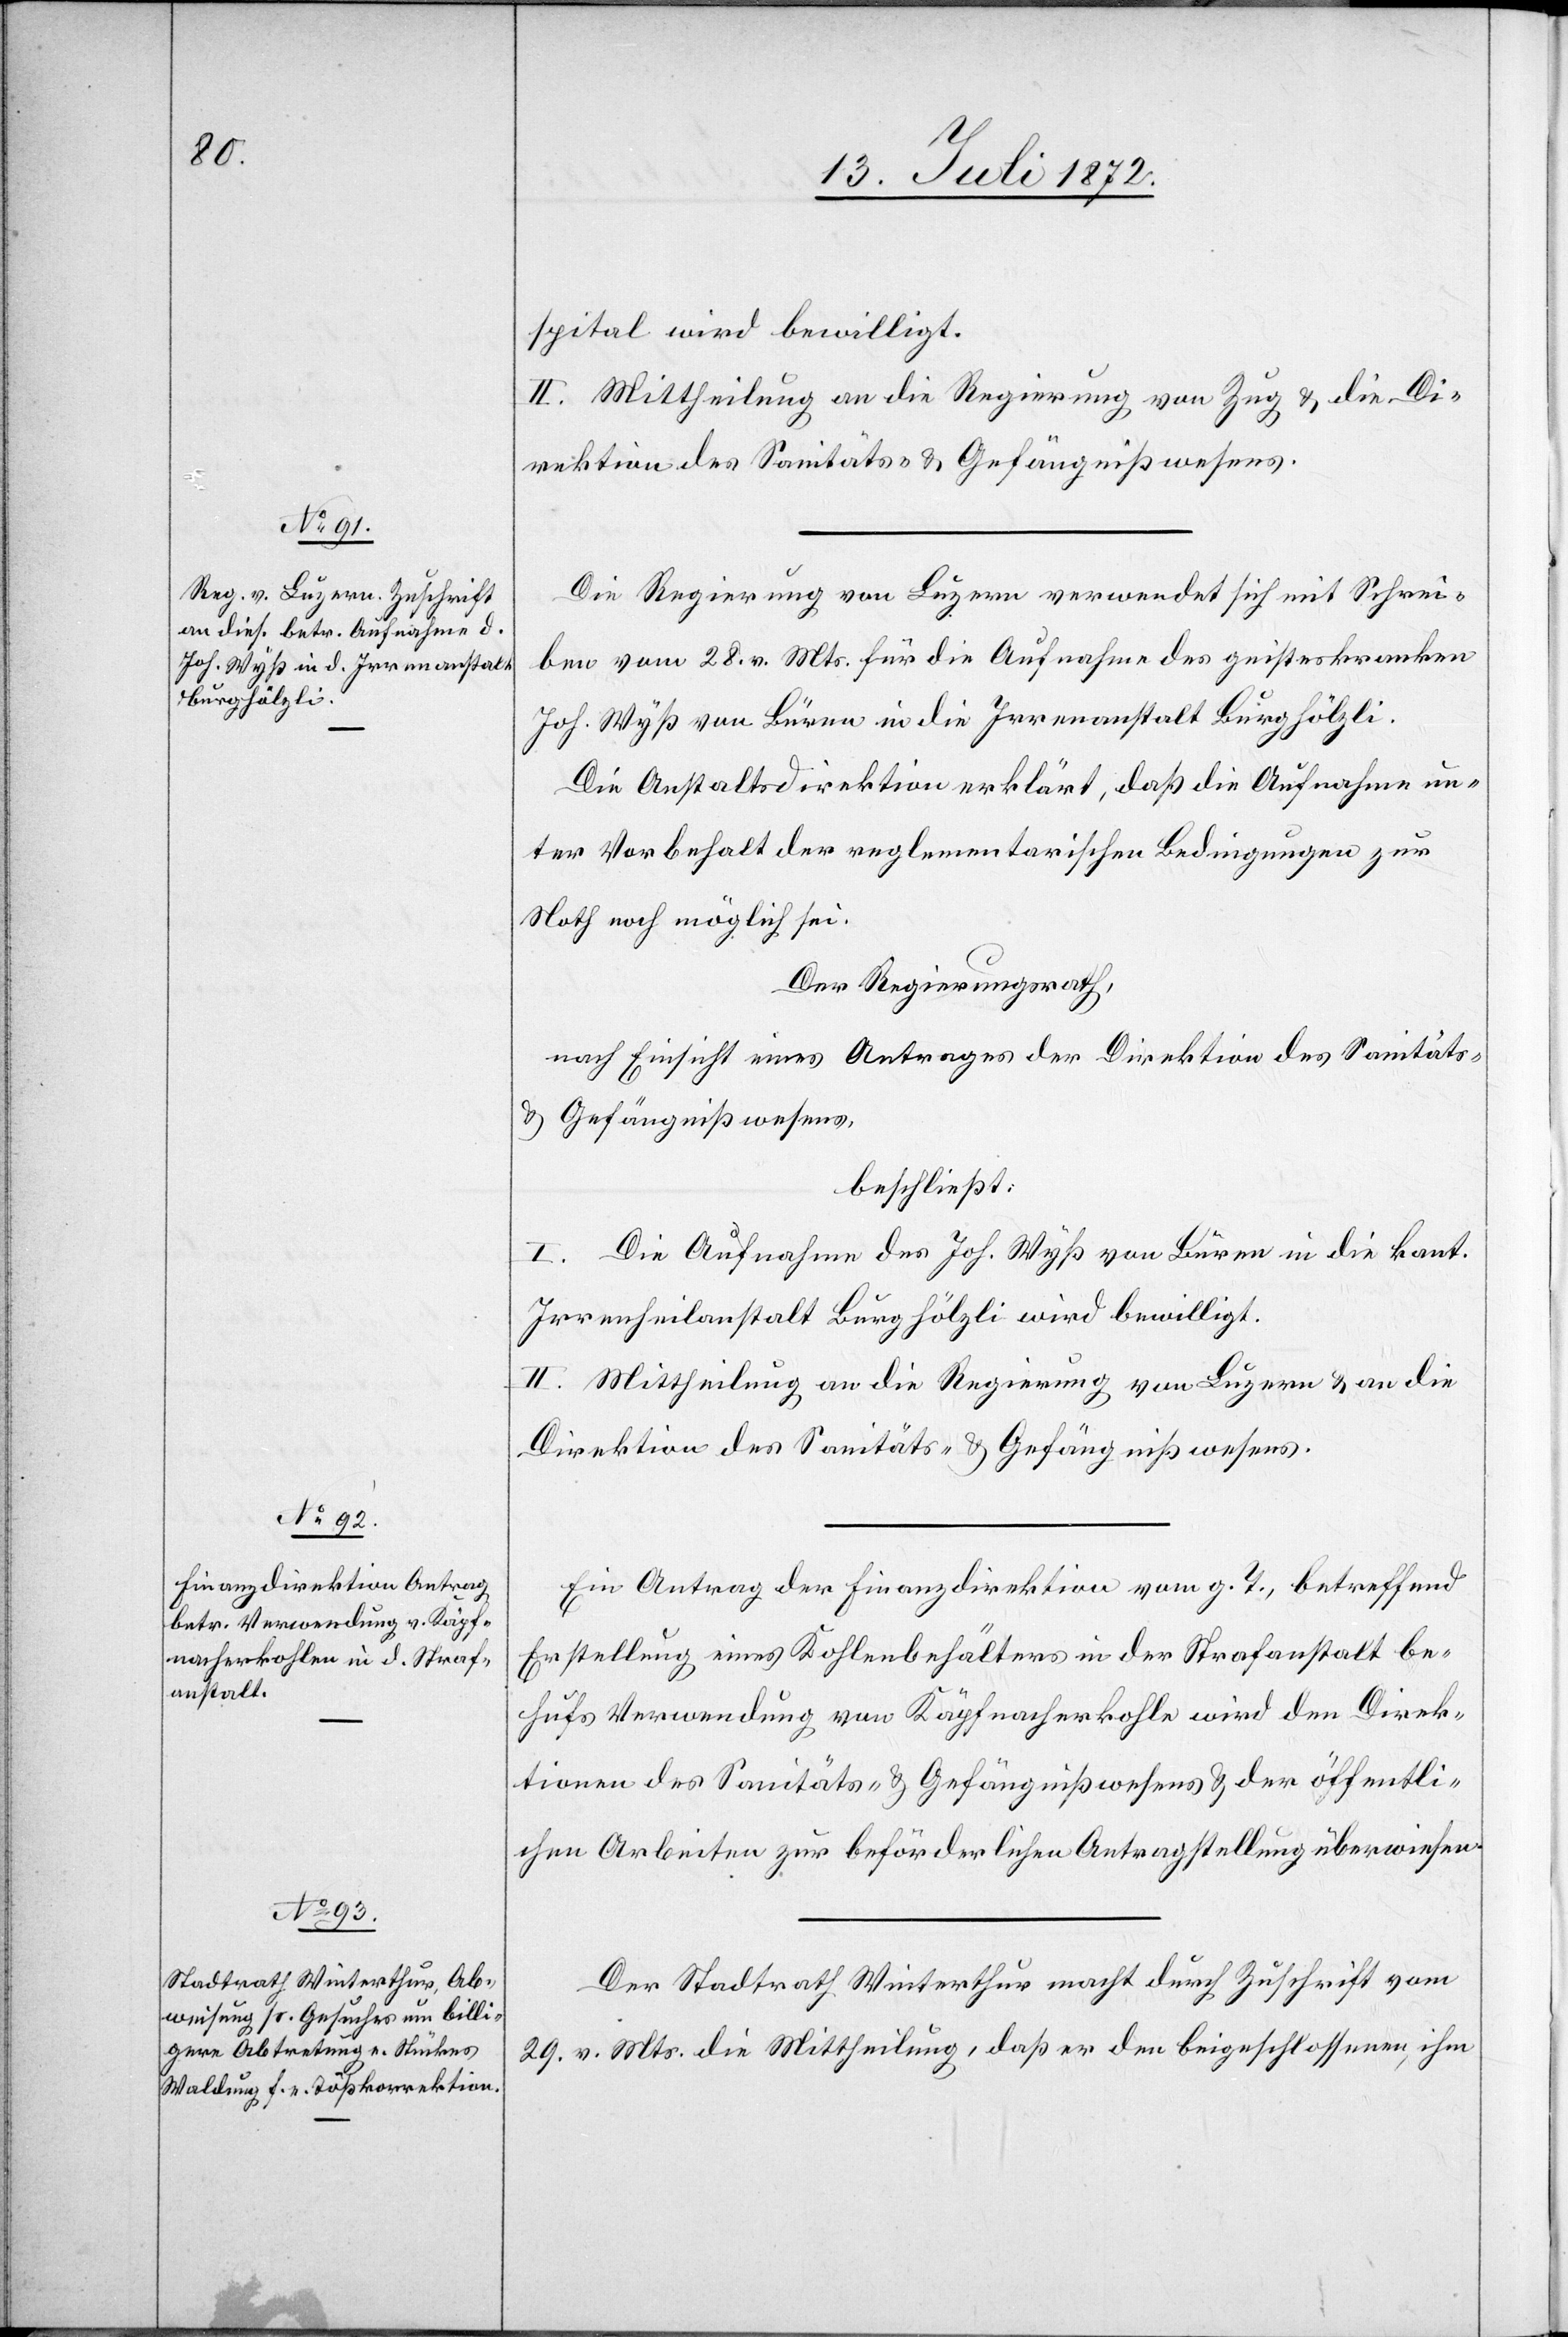
spital wird bewilligt.
II. Mittheilung an die Regierung von Zug u. die Di¬
rektion des Sanitäts- u. Gefängnißwesens.
Die Regierung von Luzern verwendet sich mit Schrei¬
ben vom 28. v. Mts. für die Aufnahme des geisteskranken
Joh. Wyß von Büren in die Irrenanstalt Burghölzli.
Die Anstaltsdirektion erklärt, daß die Aufnahme un¬
ter Vorbehalt der reglementarischen Bedingungen zur
Noth noch möglich sei.
Der Regierungsrath,
nach Einsicht eines Antrages der Direktion des Sanitäts-
u. Gefängnißwesens,
beschließt:
I. Die Aufnahme des Joh. Wyß von Büren in die kant.
Irrenheilanstalt Bürghölzli wird bewilligt.
II. Mittheilung an die Regierung von Luzern u. an die
Direktion des Sanitäts- u. Gefängnißwesens.
Ein Antrag der Finanzdirektion vom g. T., betreffend
Erstellung eines Kohlenbehälters in der Strafanstalt be¬
hufs Verwendung von Käpfnacherkohle wird der Direk¬
tionen des Sanitäts- u. Gefängnißwesens u. der öffentli¬
chen Arbeiten zur beförderlichen Antragstellung überwiesen.
Der Stadtrath Winterthur macht durch Zuschrift vom
29. v. Mts. die Mittheilung, daß er den beigeschlossenen, ihm